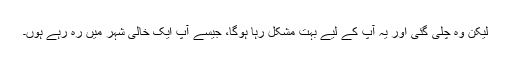
لیکن وہ چلی گئی اور یہ آپ کے لیے بہت مشکل رہا ہوگا، جیسے آپ ایک خالی شہر میں رہ رہے ہوں۔